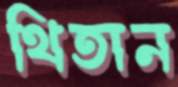
থিতান